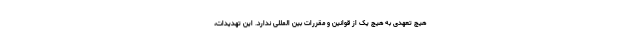
هیچ تعهدی به هیچ یک از قوانین و مقررات بین المللی ندارد. این تهدیدات،